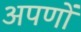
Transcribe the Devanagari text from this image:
अपणों